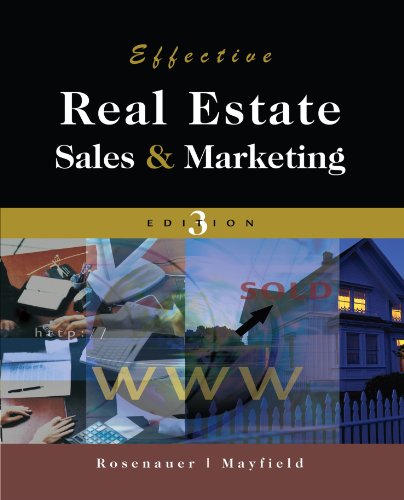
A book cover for Effective Real Estate Sales And Marketing; Johnnie Rosenauer; Business & Money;